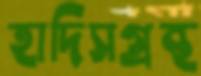
হাদিসগ্রন্থ